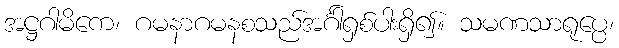
အဋ္ဌဂါမိကေ၊ ဂမနာဂမနစသည်အင်္ဂါရှစ်ပါးရှိ၍။ သမဏသာရုပ္ပေ၊